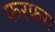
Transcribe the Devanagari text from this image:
फरफरा